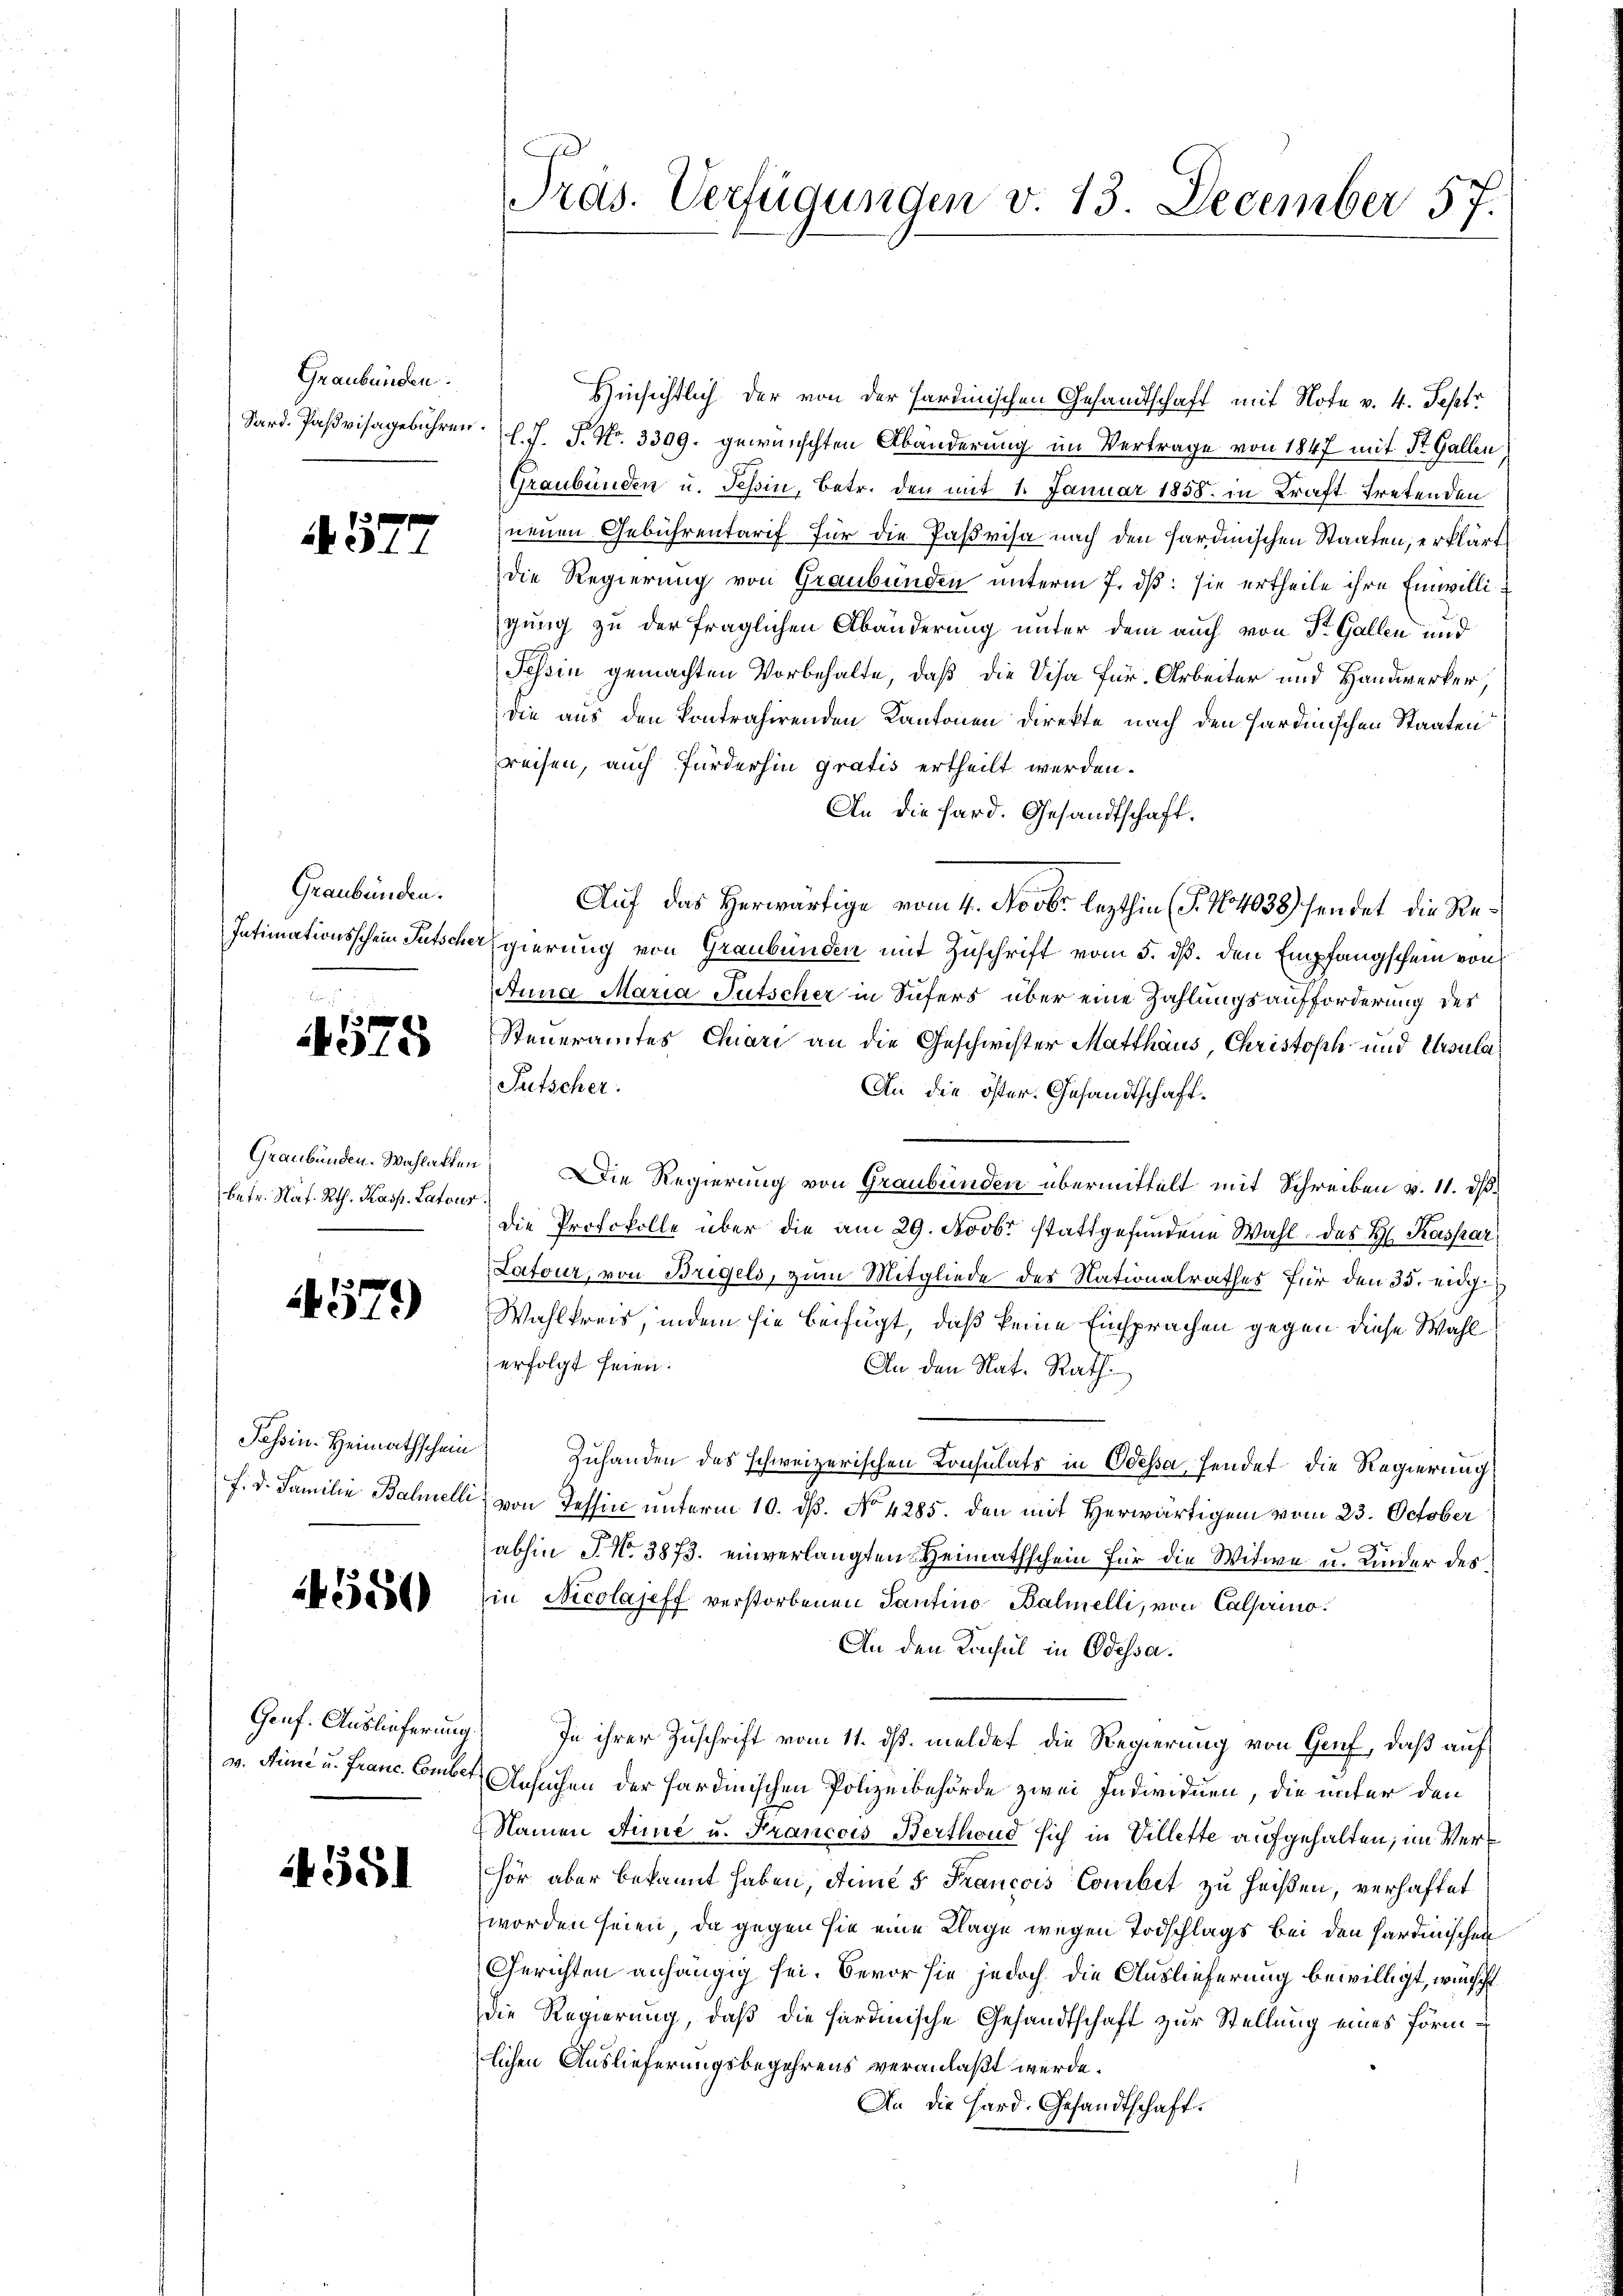
Graubünden.

4577

Graubünden.

73
A575

(betr. Nat. Rth. Kasp. Latous

4579)

4550

4551

Pras. Verfügungen v. 13. December 57.

Hinsichtlich der von der Sardinischen Gesandtschaft mit Note v. 4. Sept
Sard. Pasvisagebühren. l. J. J. N. 3309. gewünschten Abänderung im Vertrage von 1847 mit St. Gallen,
Graubünden u. Tessin, Betr. den mit 1. Januar 1858. in Kraft tretenden
neuen Gebührentarif für die Paßrisa nach den sardinischen Staaten, erklärt
die Regierung von Graubünden unterm 7. dß: sie ertheile ihre Einwilligung zu der fraglichen Abänderung unter dem auch von Sr. Gallen und
Tessin gemachten Vorbehalte, daß die Visa Für. Arbeiter und Handwerker,
die aus den kontrahirenden Kantonen Direkte nach den Hardinischen Staaten
preisen, auch furderhin gratis ertheilt werden.
An die Hard. Gesandtschaft.
Intimationsschein Gutscher gierung von Graubünden mit Zuschrift vom 5. ds. den Empfangschein von
Anna Maria Tutscher in Sufers über eine Zahlungsaufforderung des
Steueramtes Chiari an die Geschwister Matthaus, Christoph und Ursula
Putscher.
An die öster. Gesandtschaft¬
Graubünden. Wahlatten. Die Regierung von Graubünden übermittelt mit Schreiben v. 11. ds.
die Protokolle über die am 29. Novbr. stattgefundene Wahl des H. Kaspar
Latour, von Bregels, zum Mitgliede des Nationalrathes für den 35. eidge
Wahlkreis, indem sie beifügt, daß keine Einsprachen gegen diese Wahl
erfolgt seien.
An den Nat. Rath
Tessin. Heimathschein Zuhanden des schweizerischen Konsulats in Odessa, Hendet die Regierung
f. d. Familie Bahnelli von Tessin unterm 10. dß. No 4285. den mit Herwärtigen vom 23. October
abhin J. N. 3873. einverlangten Heimathschein für die Witwe u. Kinder des
in Nicolaseff verstorbenen Tantino Balmelli, von Calprino.
An den Konsul in Odessa.
Genf. Auslieferung. In ihrer Zuschrift vom 11. ds. meldet die Regierung von Genf, daß auf
v. Stime u. Franc Comber Ansuchen der Hardinischen Polizeibehörde zwei Individuen, die unter den
Namen Sie u. Francois Berthond sich in Villette aufgehalten; im Verhör aber bekannt haben, die 5 Francois Combet zu heißen, verhaftet
worden seien, da gegen sie eine Klage wegen Todschlags bei den Hardinischen
Gerichten anhängig sei. Bevor sie jedoch die Auslieferung bewilligt, wünsch
die Regierung, daß die hardinische Gesandtschaft zur Stellung eines Förmlichen Auslieferungsbegehrens veranlaßt werde.
An die Hard. Gesandtschaft.

Auf das Herwärtige vom 4. Novbr. lezthin (§. 164038) sendet die Re¬